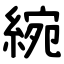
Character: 綩